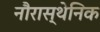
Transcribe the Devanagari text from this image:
नौरास्थेनिक